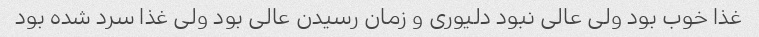
غذا خوب بود ولی عالی نبود دلیوری و زمان رسیدن عالی بود ولی غذا سرد شده بود